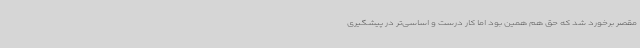
مقصر برخورد شد که حق هم همین بود اما کار درست و اساسی‌تر در پیشگیری